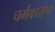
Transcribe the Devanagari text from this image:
चर्मकाराचा